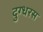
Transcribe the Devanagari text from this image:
दुग्धरस